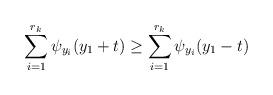
LaTeX: \begin{align*}\sum_{i=1}^{r_k} \psi_{y_i}(y_1+t) \geq \sum_{i=1}^{r_k} \psi_{y_i}(y_1-t) \end{align*}